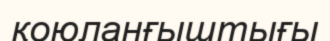
қоюланғыштығы